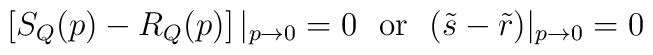
\left[S_Q(p)-R_Q(p)\right]|_{p\to 0}=0 \ \ {\rm or} \ \ (\tilde{s}-\tilde{r})|_{p\to 0}=0